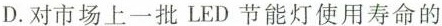
D.对市场上一批LED节能灯使用寿命的